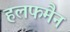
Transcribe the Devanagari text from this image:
हलफमैन